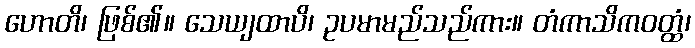
ဟောတိ၊ ဖြစ်၏။ သေယျထာပိ၊ ဥပမာမည်သည်ကား။ တံကာသိကဝတ္ထံ၊